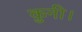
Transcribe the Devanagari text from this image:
कुनी।